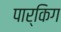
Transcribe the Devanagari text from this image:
पार्किग